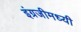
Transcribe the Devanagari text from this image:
इंग्रजीमध्यी